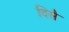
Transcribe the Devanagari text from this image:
दिसै